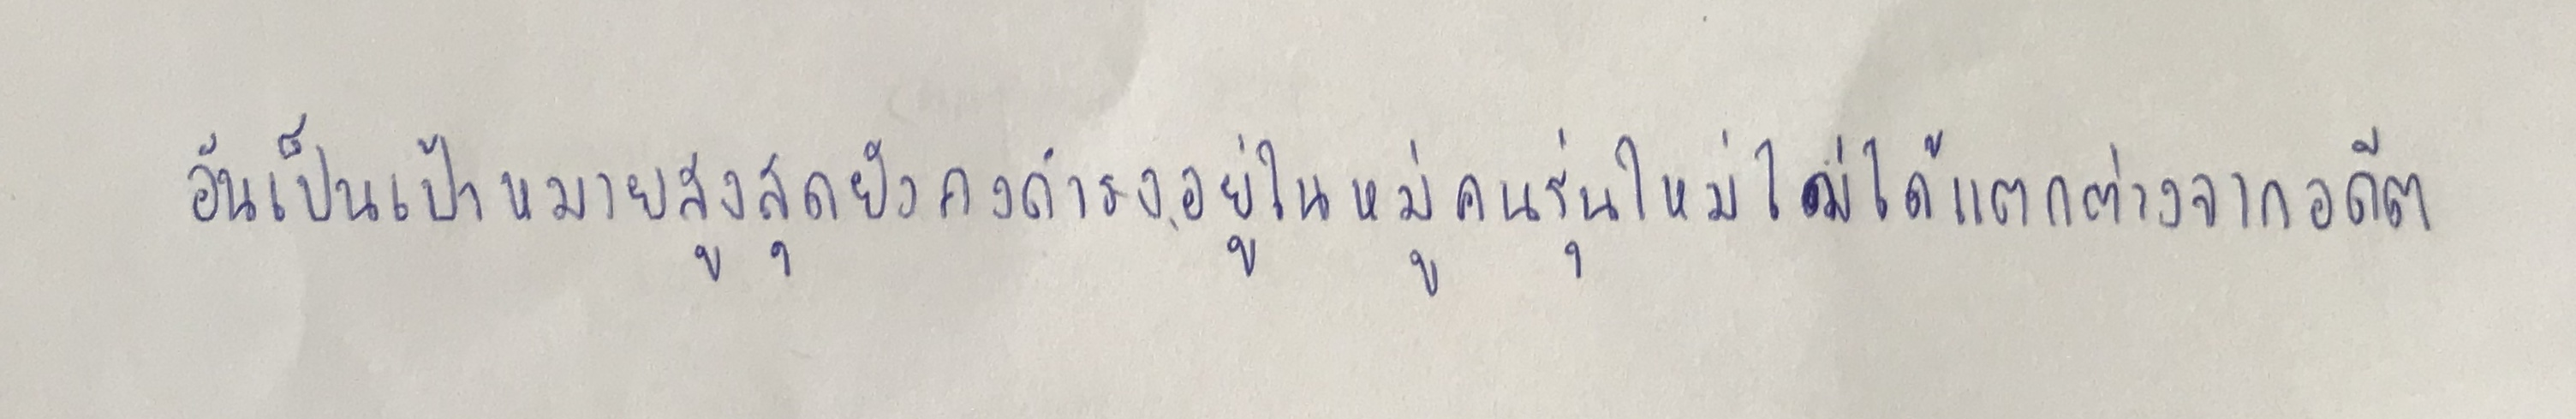
อันเป็นเป้าหมายสูงสุดยังคงดำรงอยู่ในหมู่คนรุ่นใหม่ไม่ได้แตกต่างจากอดีต